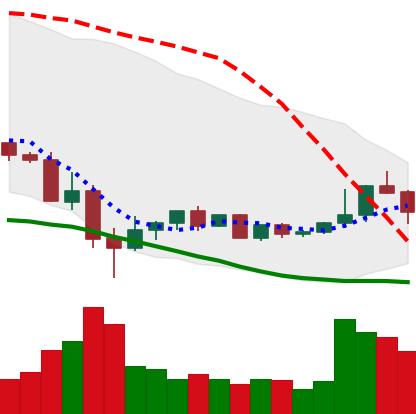
Ticker: ETC-USD
Chart end date: 2022-05-26
Forward return: 7.876%
Label: up_7plus